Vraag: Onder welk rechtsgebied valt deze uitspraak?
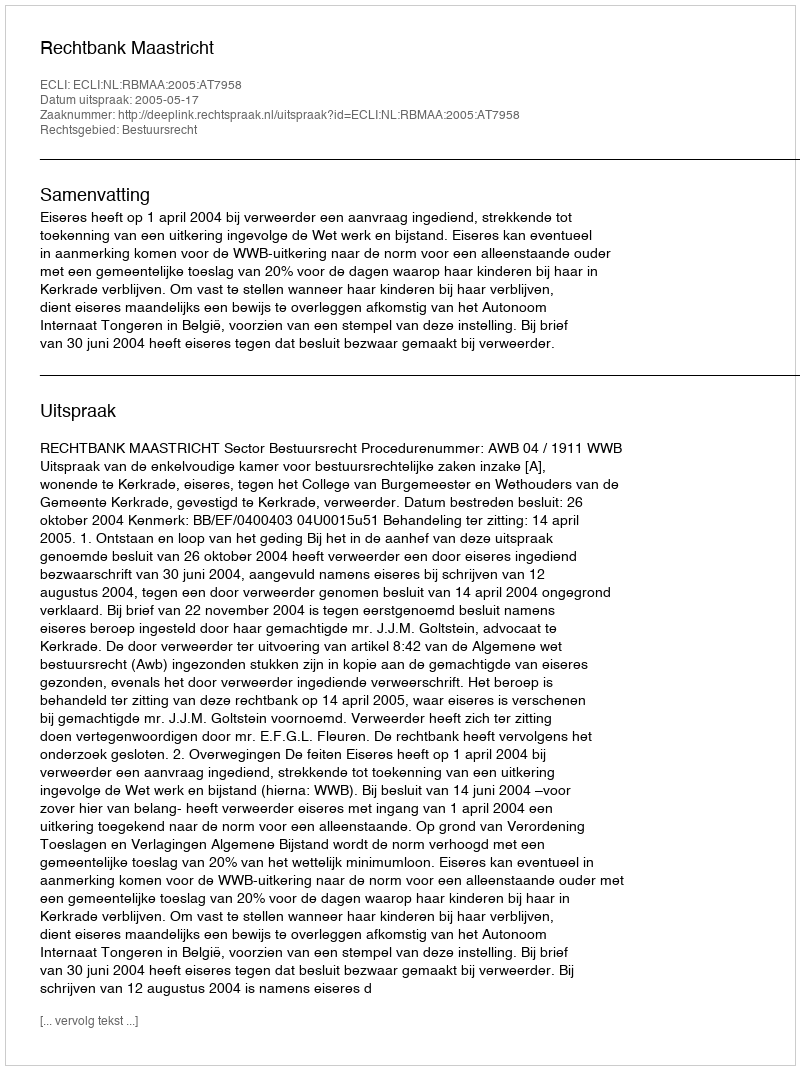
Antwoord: Bestuursrecht